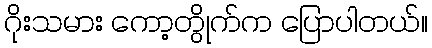
ဂိုးသမား ကော့တွိုက်က ပြောပါတယ်။